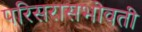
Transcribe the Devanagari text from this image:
परिसरासभोवती